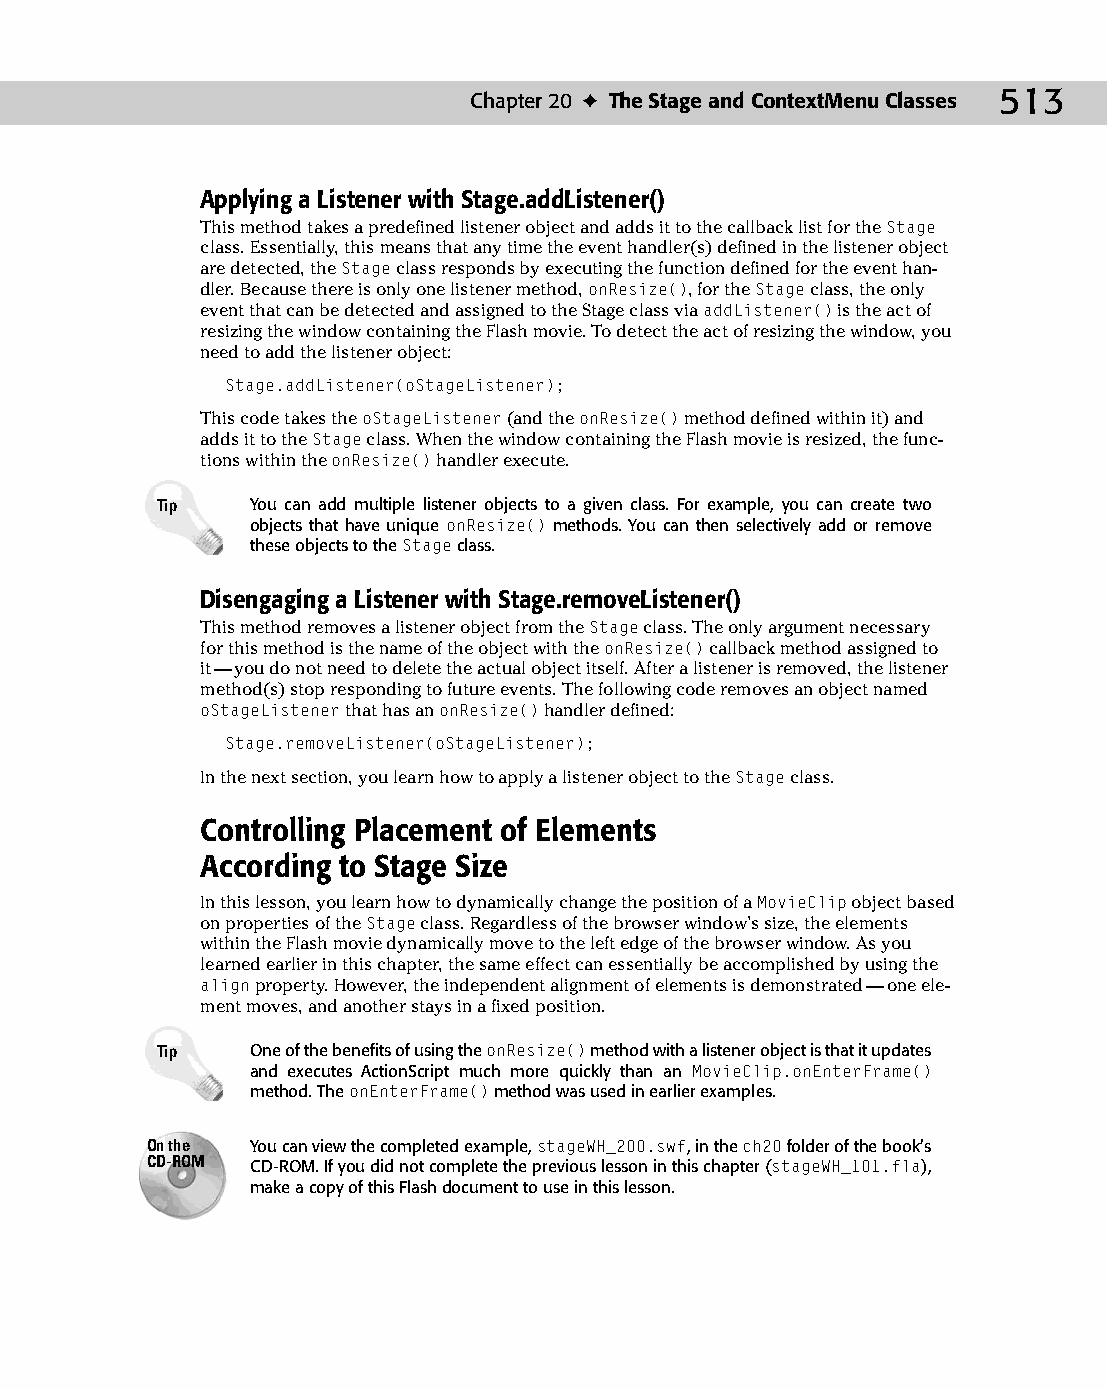
26 543547 ch20.qxd 3/24/04 4:10 PM Page 513
 Chapter 20 ✦ The Stage and ContextMenu Classes 513
 Applying a Listener with Stage.addListener()
 This method takes a predefined listener object and adds it to the callback list for the Stage
 class. Essentially, this means that any time the event handler(s) defined in the listener object
 are detected, the Stage class responds by executing the function defined for the event han­
 dler. Because there is only one listener method, onResize(), for the Stage class, the only
 event that can be detected and assigned to the Stage class via addListener() is the act of
 resizing the window containing the Flash movie. To detect the act of resizing the window, you
 need to add the listener object:
 Stage.addListener(oStageListener);
 This code takes the oStageListener (and the onResize() method defined within it) and
 adds it to the Stage class. When the window containing the Flash movie is resized, the func­
 tions within the onResize() handler execute.
 Tip    You can add multiple listener objects to a given class. For example, you can create two
 objects that have unique onResize() methods. You can then selectively add or remove
 these objects to the Stage class.
 Disengaging a Listener with Stage.removeListener()
 This method removes a listener object from the Stage class. The only argument necessary
 for this method is the name of the object with the onResize() callback method assigned to
 it — you do not need to delete the actual object itself. After a listener is removed, the listener
 method(s) stop responding to future events. The following code removes an object named
 oStageListener that has an onResize() handler defined:
 Stage.removeListener(oStageListener);
 In the next section, you learn how to apply a listener object to the Stage class.
 Controlling Placement of Elements
 According to Stage Size
 In this lesson, you learn how to dynamically change the position of a MovieClip object based
 on properties of the Stage class. Regardless of the browser window’s size, the elements
 within the Flash movie dynamically move to the left edge of the browser window. As you
 learned earlier in this chapter, the same effect can essentially be accomplished by using the
 align property. However, the independent alignment of elements is demonstrated — one ele­
 ment moves, and another stays in a fixed position.
 Tip    One of the benefits of using the onResize() method with a listener object is that it updates
 and executes ActionScript much more quickly than an MovieClip.onEnterFrame()
 method. The onEnterFrame() method was used in earlier examples.
 On the You can view the completed example, stageWH_200.swf, in the ch20 folder of the book’s
 CD-ROM CD-ROM. If you did not complete the previous lesson in this chapter (stageWH_101.fla),
 make a copy of this Flash document to use in this lesson.